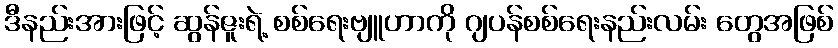
ဒီနည်းအားဖြင့် ဆွန်ဇူးရဲ့ စစ်ရေးဗျူဟာကို ဂျပန်စစ်ရေးနည်းလမ်း တွေအဖြစ်